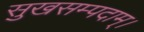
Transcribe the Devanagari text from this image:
सुखसम्पदाम्‌।